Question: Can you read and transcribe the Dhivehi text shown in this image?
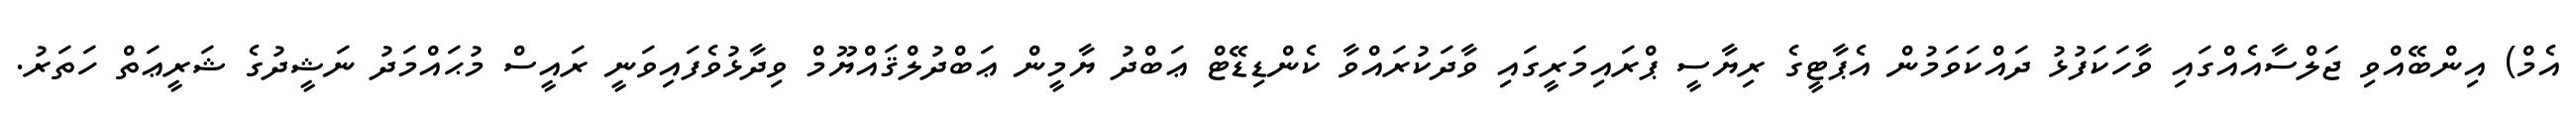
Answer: އެމް) އިންބޭއްވި ޖަލްސާއެއްގައި ވާހަކަފުޅު ދައްކަވަމުން އެޕާޓީގެ ރިޔާސީ ޕްރައިމަރީގައި ވާދަކުރައްވާ ކެންޑިޑޭޓް ޢަބްދު ޔާމީން ޢަބްދުލްޤައްޔޫމް ވިދާޅުވެފައިވަނީ ރައީސް މުޙައްމަދު ނަޝީދުގެ ޝަރީޢަތް ހަތަރު.